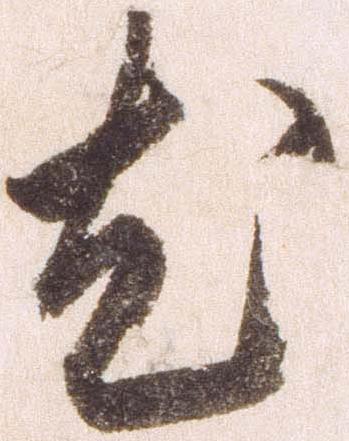
尤